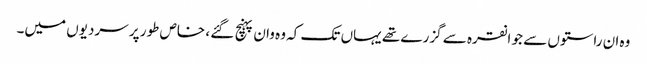
وہ ان راستوں سے جو انقرہ سے گزرے تھے یہاں تک کہ وہ وان پہنچ گئے ، خاص طور پر سردیوں میں۔